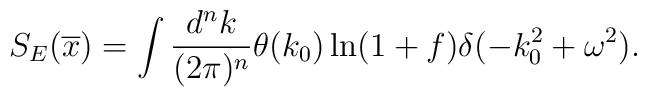
S_{E}(\overline x) = \int \frac{d^nk}{(2\pi)^n}\theta(k_0)\ln(1+f)\delta(-k_0^2+\omega^2).